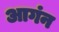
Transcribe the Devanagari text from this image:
आगंन